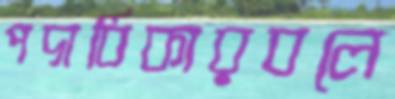
পদাধিকারবলে